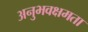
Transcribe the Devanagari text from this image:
अनुभवक्षमता